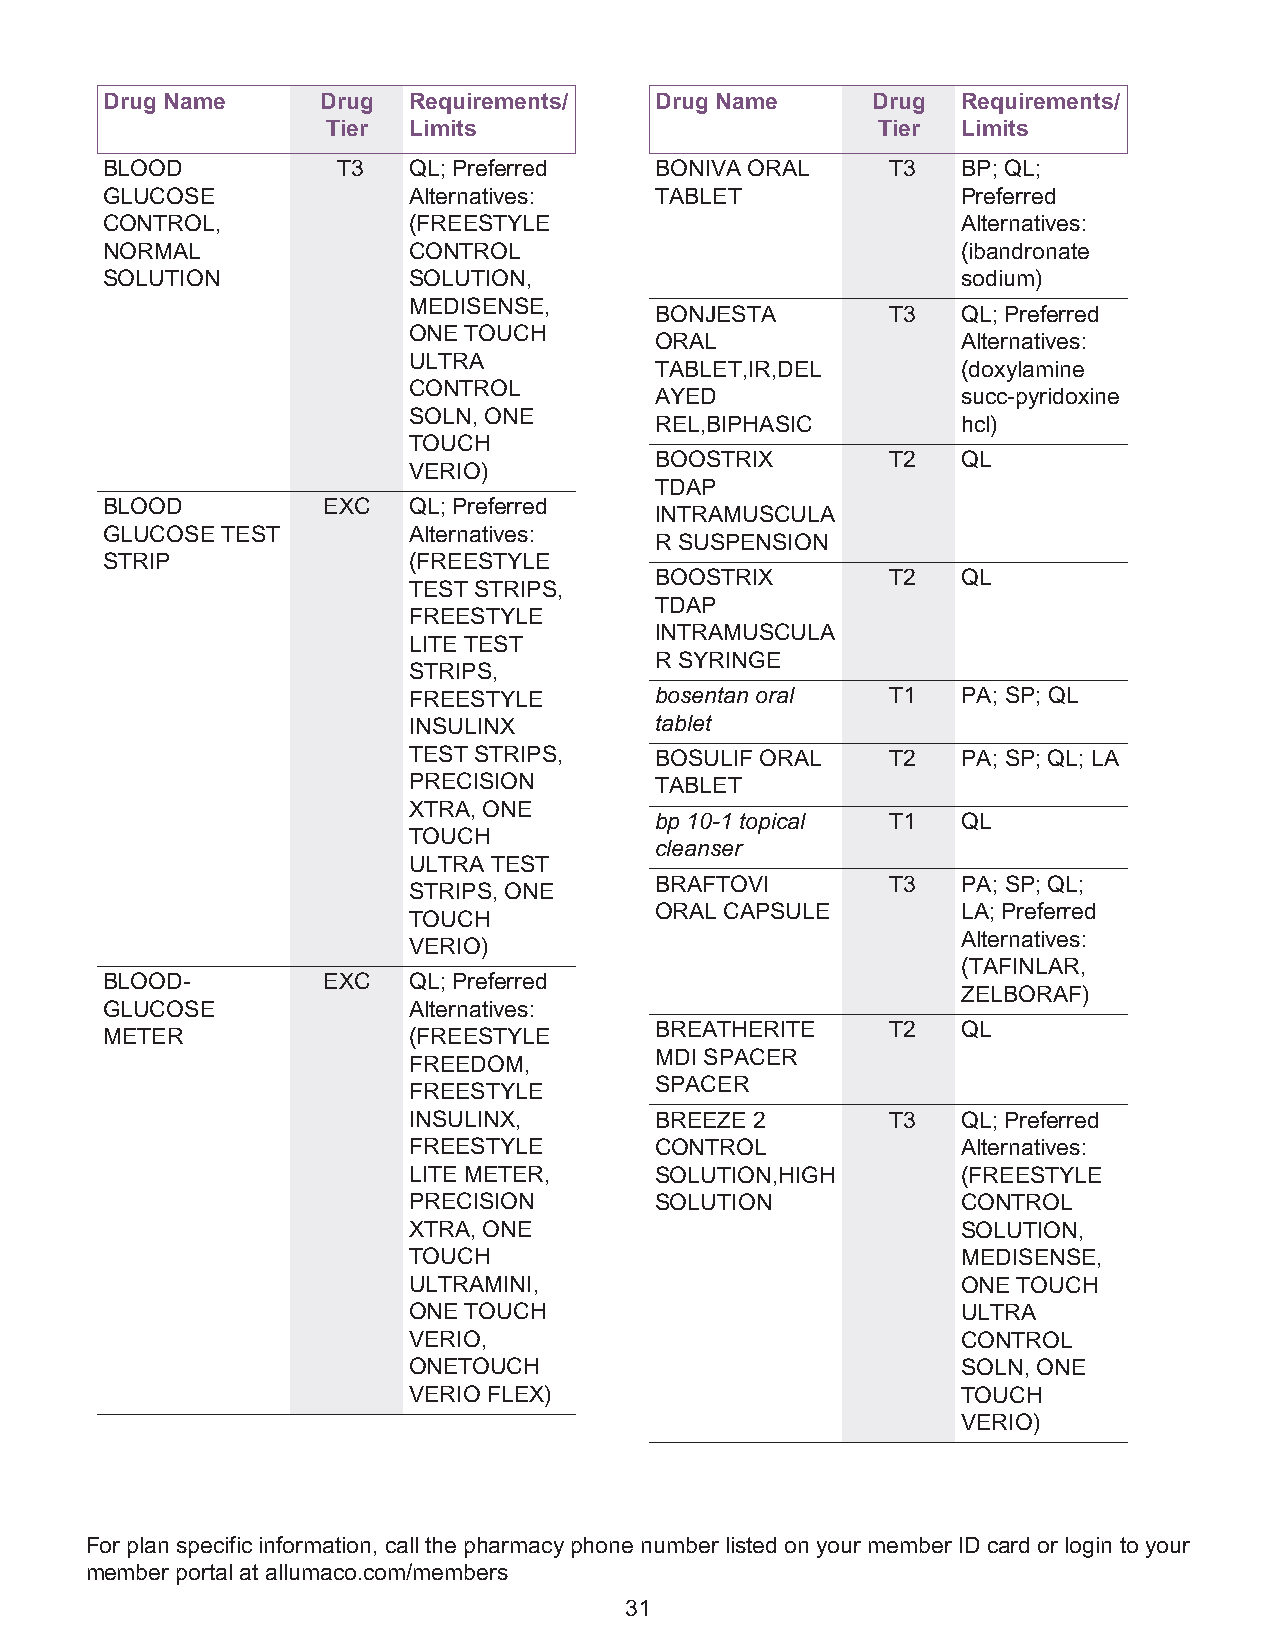
Drug Name     Drug  Requirements/   Drug Name      Drug  Requirements/
 Tier Limits                         Tier  Limits
 BLOOD          T3   QL; Preferred   BONIVA ORAL     T3   BP; QL;
 GLUCOSE             Alternatives:   TABLET               Preferred
 CONTROL,            (FREESTYLE                           Alternatives:
 NORMAL              CONTROL                              (ibandronate
 SOLUTION            SOLUTION,                            sodium)
 MEDISENSE,
 BONJESTA        T3   QL; Preferred
 ONE TOUCH
 ORAL                 Alternatives:
 ULTRA
 TABLET,IR,DEL        (doxylamine
 CONTROL
 AYED                 succ-pyridoxine
 SOLN, ONE
 REL,BIPHASIC         hcl)
 TOUCH
 BOOSTRIX        T2   QL
 VERIO)
 TDAP
 BLOOD         EXC   QL; Preferred
 INTRAMUSCULA
 GLUCOSE TEST        Alternatives:
 R SUSPENSION
 STRIP               (FREESTYLE
 BOOSTRIX        T2   QL
 TEST STRIPS,
 TDAP
 FREESTYLE
 INTRAMUSCULA
 LITE TEST
 R SYRINGE
 STRIPS,
 FREESTYLE       bosentan oral   T1   PA; SP; QL
 INSULINX        tablet
 TEST STRIPS,    BOSULIF ORAL    T2   PA; SP; QL; LA
 PRECISION       TABLET
 XTRA, ONE
 bp 10-1 topical T1   QL
 TOUCH
 cleanser
 ULTRA TEST
 BRAFTOVI        T3   PA; SP; QL;
 STRIPS, ONE
 ORAL CAPSULE         LA; Preferred
 TOUCH
 Alternatives:
 VERIO)
 (TAFINLAR,
 BLOOD-        EXC   QL; Preferred
 ZELBORAF)
 GLUCOSE             Alternatives:
 BREATHERITE     T2   QL
 METER               (FREESTYLE
 MDI SPACER
 FREEDOM,
 SPACER
 FREESTYLE
 INSULINX,       BREEZE 2        T3   QL; Preferred
 FREESTYLE       CONTROL              Alternatives:
 LITE METER,     SOLUTION,HIGH        (FREESTYLE
 PRECISION       SOLUTION             CONTROL
 XTRA, ONE                            SOLUTION,
 TOUCH                                MEDISENSE,
 ULTRAMINI,                           ONE TOUCH
 ONE TOUCH                            ULTRA
 VERIO,                               CONTROL
 ONETOUCH                             SOLN, ONE
 VERIO FLEX)                          TOUCH
 VERIO)
 For plan specific information, call the pharmacy phone number listed on your member ID card or login to your
 member portal at allumaco.com/members
 31